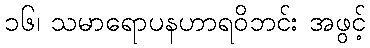
၁၆၊ သမာရောပနဟာရဝိဘင်း အဖွင့်